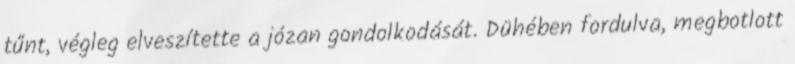
tűnt, végleg elveszítette a józan gondolkodását. Dühében fordulva, megbotlott